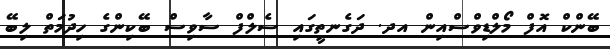
ބޭންކް އޮފް މޯލްޑިވްސްއިން އދ. ދަގެނތީގައި ސެލްފް ސާވިސް ބޭކިންގެ ހިދުމަތް ލިބޭ